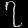
Digit: ၇